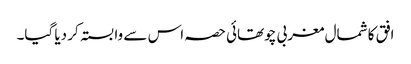
افق کا شمال مغربی چوتھائی حصہ اس سے وابستہ کر دیا گیا۔